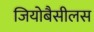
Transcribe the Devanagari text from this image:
जियोबैसीलस